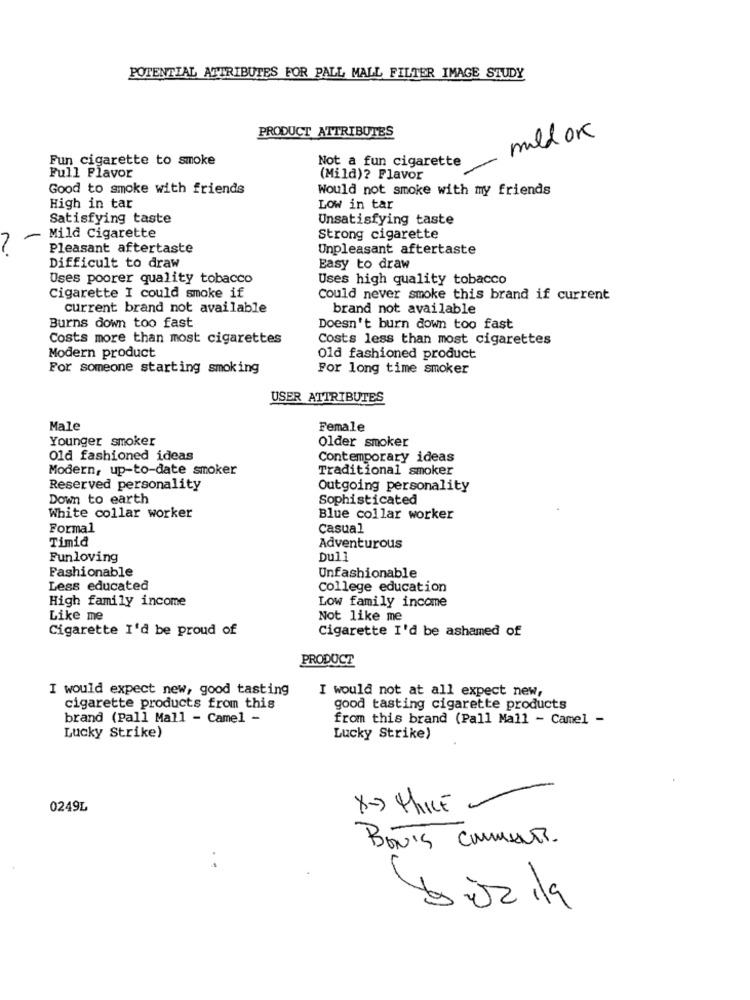
POTENTIAL ATTRIBUTES FOR PALL MALL FILTER IMAGE STUDY
PRODUCT ATTRIBUTES
mild ok
Fun cigarette to smoke
Not a fun cigarette
Full Flavor
(Mild)? Flavor
Good to smoke with friends
Would not smoke with my friends
High in tar
Low in tar
Satisfying taste
Unsatisfying taste
Mild Cigarette
Strong cigarette
Pleasant aftertaste
Unpleasant aftertaste
Difficult to draw
Easy to draw
Uses poorer quality tobacco
Uses high quality tobacco
Cigarette I could smoke if
Could never smoke this brand if current
current brand not available
brand not available
Burns down too fast
Doesn't burn down too fast
Costs more than most cigarettes
Costs less than most cigarettes
Modern product
Old fashioned product
For someone starting smoking
For long time smoker
USER ATTRIBUTES
Male
Female
Younger smoker
Older smoker
Old fashioned ideas
Contemporary ideas
Modern, up-to-date smoker
Traditional smoker
Reserved personality
Outgoing personality
Down to earth
Sophisticated
White collar worker
Blue collar worker
Formal
Casual
Timid
Adventurous
Funloving
Dul
Fashionable
Unfashionable
Less educated
College education
High family income
Low family income
Like me
Not like me
Cigarette I'd be proud of
Cigarette I'd be ashamed of
PRODUCT
I would expect new, good tasting
I would not at all expect new,
cigarette products from this
good tasting cigarette products
brand (Pall Mall - Camel -
from this brand (Pall Mall - Camel -
Lucky Strike)
Lucky Strike)
0249L
X- PRICE
BON'S COMMENTS.
..